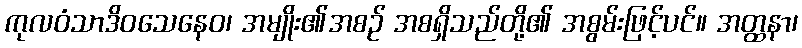
ကုလဝံသာဒိဝသေနေဝ၊ အမျိုး၏အစဉ် အစရှိသည်တို့၏ အစွမ်းဖြင့်ပင်။ အတ္ထနာ၊